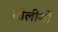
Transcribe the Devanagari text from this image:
बोलीशी